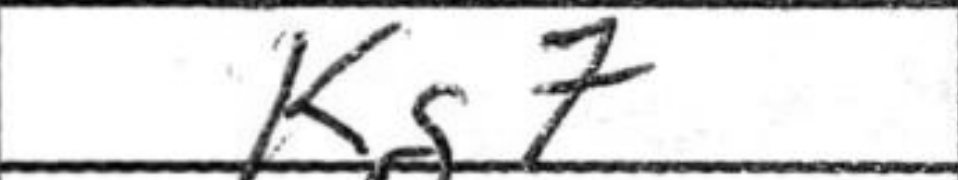
Transcription: Kg7